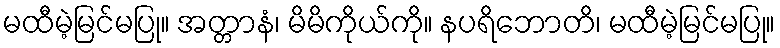
မထီမဲ့မြင်မပြု။ အတ္တာနံ၊ မိမိကိုယ်ကို။ နပရိဘောတိ၊ မထီမဲ့မြင်မပြု။